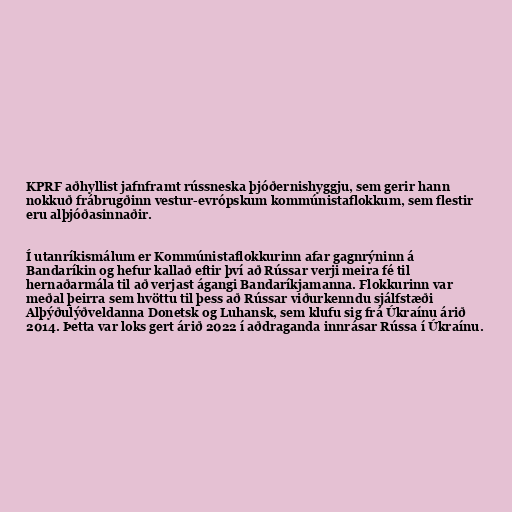
KPRF aðhyllist jafnframt rússneska þjóðernishyggju, sem gerir hann
nokkuð frábrugðinn vestur-evrópskum kommúnistaflokkum, sem flestir
eru alþjóðasinnaðir.

Í utanríkismálum er Kommúnistaflokkurinn afar gagnrýninn á
Bandaríkin og hefur kallað eftir því að Rússar verji meira fé til
hernaðarmála til að verjast ágangi Bandaríkjamanna. Flokkurinn var
meðal þeirra sem hvöttu til þess að Rússar viðurkenndu sjálfstæði
Alþýðulýðveldanna Donetsk og Luhansk, sem klufu sig frá Úkraínu árið
2014. Þetta var loks gert árið 2022 í aðdraganda innrásar Rússa í Úkraínu.